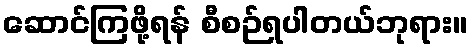
ဆောင်ကြဖို့ရန် စီစဉ်ရပါတယ်ဘုရား။